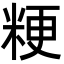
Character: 粳